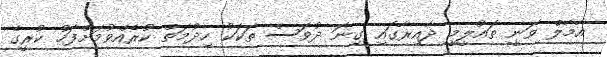
އާމާލް ވަނީ ތައުލީމީ ދާއިރާގައި ގިނަ ދުވަސް ތަކަކު ހިދުމަތް ކުރެއްވުމަށްފަހު ކުރީގެ